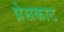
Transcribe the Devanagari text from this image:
प्रेसकाट